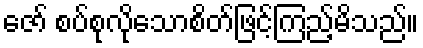
ဇော် စပ်စုလိုသောစိတ်ဖြင့်ကြည့်မိသည်။